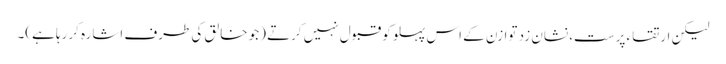
لیکن ارتقاء پرست، نشان زد توازن کے اس پہلو کو قبول نہیں کرتے (جو خالق کی طرف اشارہ کررہا ہے)۔